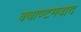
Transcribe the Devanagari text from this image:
क्वाण्टमवाद